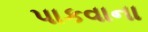
પાકવાના